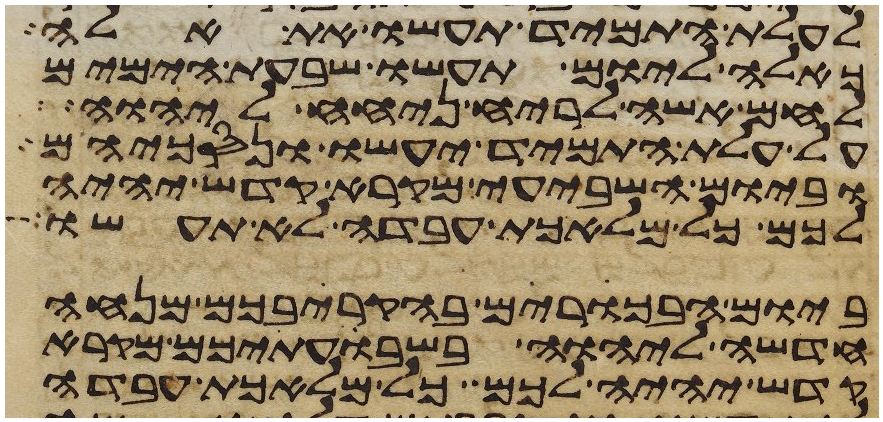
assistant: לעלת התמיד תעשו את אלה
כאלה ליום תעשו שבעת הימים
לחם אשה לריח ניחח ליהוה
על עלת התמיד יעשו ונסכיהם
וביום השביעי מקרא קדש יהיה
לכם כל מלאכת עבדה לא תעשו
ביום הבכרים בהקריבכם מנחה
חדשה ליהוה בשבעתיכם מקרא
קדש יהיה לכם כל מלאכת עבדה